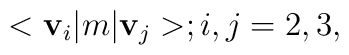
<{\bf v}_i|m|{\bf v}_j>; i, j = 2, 3,